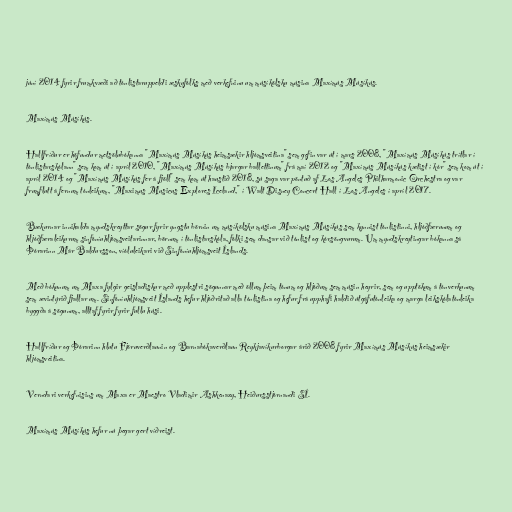
júní 2014 fyrir frumkvæði að tónlistaruppeldi æskufólks með verkefninu um músíkölsku músina Maxímús Músíkús.

Maxímús Músíkús.

Hallfríður er höfundur metsölubókanna "Maxímús Músíkús heimsækir hljómsveitina" sem gefin var út í mars 2008, "Maxímús Músíkús trítlar í
tónlistarskólann" sem kom út í apríl 2010, "Maxímús Músíkús bjargar ballettinum" frá maí 2012 og "Maxímús Músíkús kætist í kór" sem kom út í
apríl 2014 og "Maxímús Músíkús fer á fjöll" sem kom út haustið 2018, sú saga var pöntuð af Los Angeles Philharmonic Orchestra og var
frumflutt á fernum tónleikum, "Maximus Musicus Explores Iceland," í Walt Disney Concert Hall í Los Angeles í apríl 2017.

Bækurnar innihalda myndskreyttar sögur fyrir yngstu börnin um músíkölsku músina Maxímús Músíkús sem kynnist tónlistinni, hljóðfærunum og
hljóðfæraleikurum sinfóníuhljómsveitarinnar, börnum í tónlistarskóla, fólki sem dansar við tónlist og kórsöngvurum. Um myndskreytingar bókanna sá
Þórarinn Már Baldursson, víóluleikari við Sinfóníuhljómsveit Íslands.

Með bókunum um Maxa fylgir geisladiskur með upplestri sögunnar með öllum þeim tónum og hljóðum sem músin heyrir, sem og upptökum á tónverkunum
sem ævintýrið fjallar um. Sinfóníuhljómsveit Íslands hefur hljóðritað alla tónlistina og hefur frá upphafi haldið útgáfutónleika og marga leikskólatónleika
byggða á sögunum, alltaf fyrir fyrir fullu húsi.

Hallfríður og Þórarinn hlutu Fjöruverðlaunin og Barnabókaverðlaun Reykjavíkurborgar árið 2008 fyrir Maxímús Músíkús heimsækir
hljómsveitina.

Verndari verkefnisins um Maxa er Maestro Vladimir Ashkenazy, Heiðursstjórnandi SÍ.

Maxímús Músíkús hefur nú þegar gert víðreist.